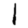
Digit: 1